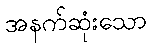
အနက်ဆုံးသော